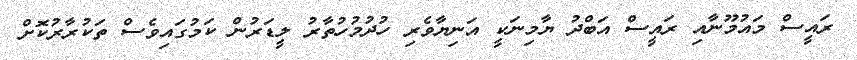
ރައީސް މައުމޫނާއި ރައީސް އަބްދު ޔާމިނަކީ އަނިޔާވެރި ހުދުމުހުތާރު ލީޑަރުން ކަމުގައިވެސް ތަކުރާރުކޮށް